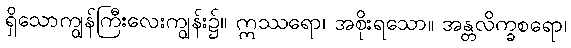
ရှိသောကျွန်ကြီးလေးကျွန်း၌။ ဣဿရော၊ အစိုးရသော။ အန္တလိက္ခစရော၊